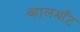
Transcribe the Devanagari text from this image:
व्हालमाँट